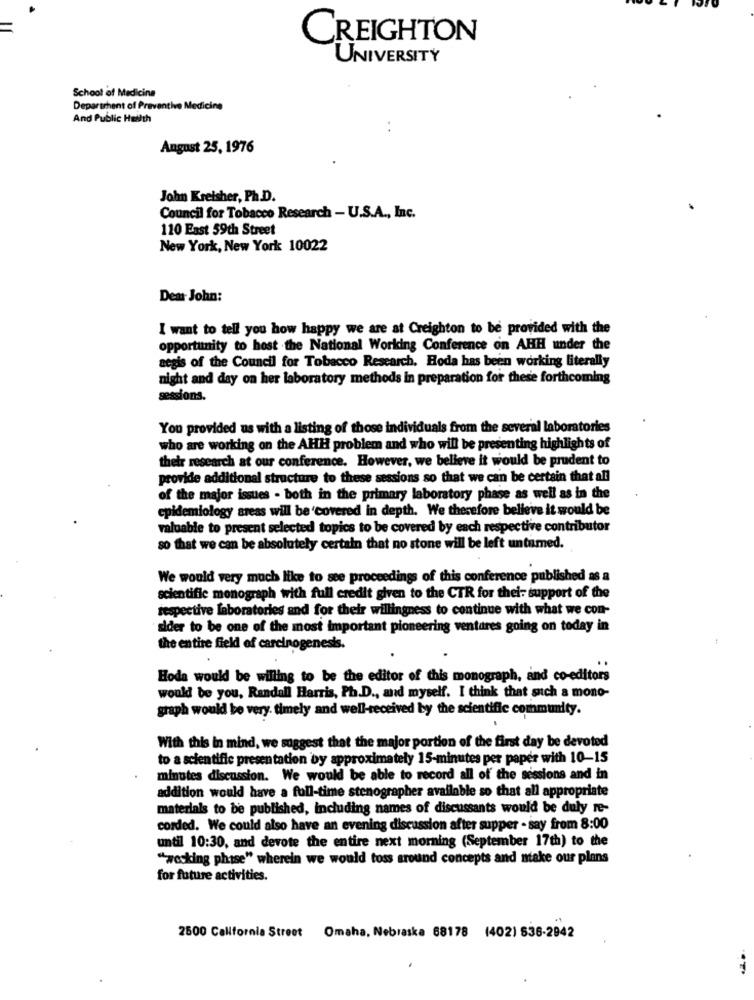
CREIGHTON
UNIVERSITY
School of Medicine
Department of Preventive Medicine
And Public Health
..
August 25, 1976
John Kreisher, Ph.D.
Council for Tobacco Research - U.S.A ., Inc.
110 East 59th Street
New York, New York 10022
Dear John:
I want to tell you how happy we are at Creighton to be provided with the
opportunity to host the National Working Conference on AHH under the
aegis of the Council for Tobacco Research. Hoda has been working literally
night and day on her laboratory methods in preparation for these forthcoming
sessions.
You provided us with a listing of those individuals from the several laboratories
who are working on the AHH problem and who will be presenting highlights of
their research at our conference. However, we believe it would be prudent to
provide additional structure to these sessions so that we can be certain that all
of the major issues . both in the primary laboratory phase as well as in the
epidemiology areas will be covered in depth. We therefore believe it would be
valuable to present selected topics to be covered by each respective contributor
so that we can be absolutely certain that no stone will be left untamed.
We would very much like to see proceedings of this conference published as a
scientific monograph with full credit given to the CTR for thei- support of the
respective laboratories and for their willingness to continue with what we con-
sider to be one of the most important pioneering ventures going on today in
the entire field of carcinogenesis.
Hoda would be willing to be the editor of this monograph, and co-editors
would be you, Randall Harris, Ph.D ., and myself. I think that such a mono-
graph would be very. timely and well-received by the scientific community.
With this in mind, we suggest that the major portion of the first day be devoted
to a scientific presentation by approximately 15-minutes per paper with 10-15
minutes discussion. We would be able to record all of the sessions and in
addition would have a full-time stenographer available so that all appropriate
materials to be published, including names of discussants would be duly re-
corded. We could also have an evening discussion after supper - say from 8:00
until 10:30, and devote the entire next morning (September 17th) to the
"wesking phase" wherein we would toss around concepts and ntake our plans
for future activities.
2500 California Street Omaha, Nebraska 68178 (402) 536-2942